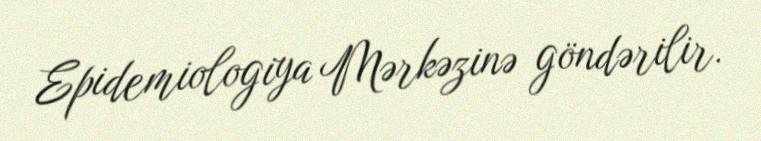
Epidemiologiya Mərkəzinə göndərilir.